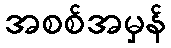
အစစ်အမှန်